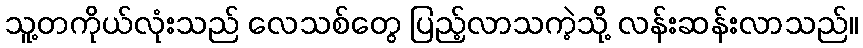
သူ့တကိုယ်လုံးသည် လေသစ်တွေ ပြည့်လာသကဲ့သို့ လန်းဆန်းလာသည်။